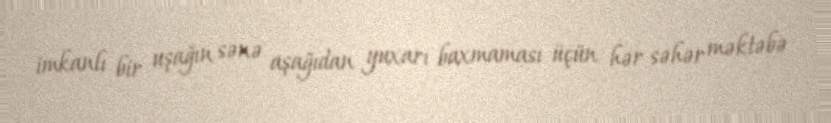
imkanlı bir uşağın sənə aşağıdan yuxarı baxmaması üçün hər səhər məktəbə